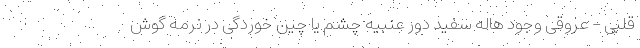
قلبی - عروقی وجود هاله سفید دور عنبیه‌ چشم یا چین خوردگی در نرمه گوش